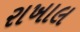
રાખાલ